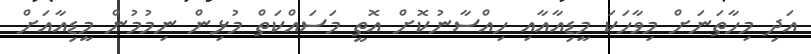
އަދި މިހާތަނަށް މިވާހަކަ މީޑިއާއާއި ހިއްސާނުކޮށް އޮތީ މަސައްކަތް މުޅިން ނިމުމުން މީޑިއާއަށް